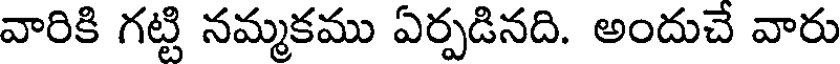
వారికి గట్టి నమ్మకము ఏర్పడినది. అందుచే వారు